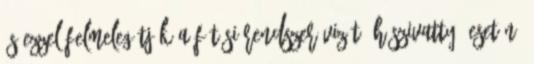
és ezzel felmelegítjük a fűtési rendszer vizét. Hőszivattyú esetén.